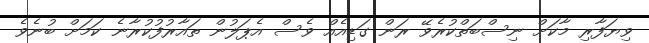
ވިޔަފާރި މާކަށް ނިސްބަތްކުރެވޭ ރަން ގަޑިއެއް ވެސް އެޕަލުން ތައާރުފުކުރާނެ ކަމަށް ބުނެވެ